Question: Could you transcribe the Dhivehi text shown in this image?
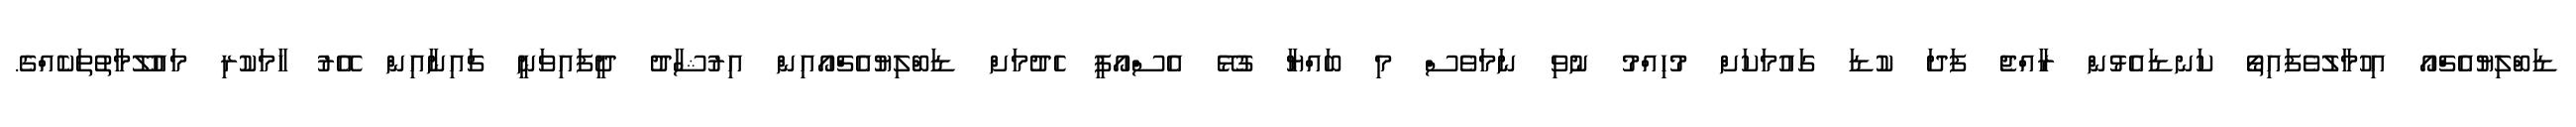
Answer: ޑަބްލިޔުއެޗްއޯ އިހުމާލުވެފައިތޯ ކަނޑައެޅުން ރާއްޖެ ފަދަ ކުޑަ ގައުމަކަށް މުހިއްމު ނުވި ނަމަވެސް މި ބައްޔާ ގުޅޭ އެސްއޯޕީ ހެދުމަށް ޑަބްލިޔުއެޗްއޯއިން އިރުޝާދު ދީފައިވަނީ ޗައިނާއިން އޭރު ހާމަކުރި މައުލޫމާތުތަކެއްގެ.